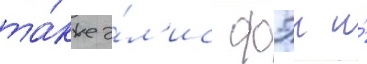
та́кже э́л'ис фэи и́